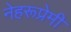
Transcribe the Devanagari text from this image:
नेहरूप्रेमी